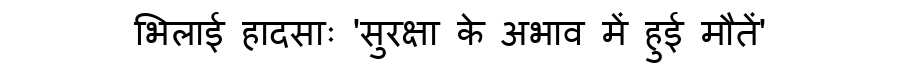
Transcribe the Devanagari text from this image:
भिलाई हादसाः 'सुरक्षा के अभाव में हुई मौतें'